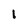
Character: 1